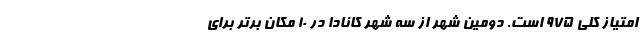
امتیاز کلی ۹۷۵ است. دومین شهر از سه شهر کانادا در ۱۰ مکان برتر برای